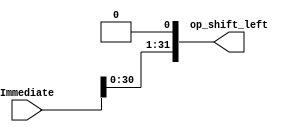
`timescale 1ns / 1ps
//////////////////////////////////////////////////////////////////////////////////
// Company: 
// Engineer: 
// 
// Design Name: 
// Module Name: Shift_Op
// Project Name: 
// Target Devices: 
// Tool Versions: 
// Description: 
// 
// Dependencies: 
// 
// Revision:
// Revision 0.01 - File Created
// Additional Comments:
// 
//////////////////////////////////////////////////////////////////////////////////


module Shift_Op(Immediate,op_shift_left);
    //<----------------PORT DECLARATION-------------------->
    input [31:0] Immediate ;                       // Output of Immediate
    output  [31:0] op_shift_left;              // Output after left Shift by one.
    // Shifting Right Operation
    assign op_shift_left = Immediate << 1;
    
endmodule